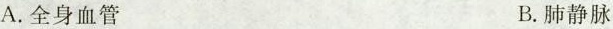
A.全身血管 B.肺静脉